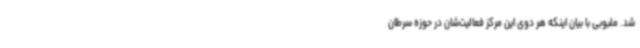
شد. ملبوبی با بیان اینکه هر دوی این مرکز فعالیت‌شان در حوزه سرطان